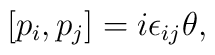
\left[p_i,p_j\right] = i \epsilon_{ij} \theta,